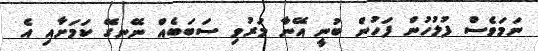
ނަމަވެސް ފުލުހުން ފަހުން ބުނީ އޭނާ މަރުވި ސަބަބެއް ނޭނގޭ ކަމަށާއި އެ